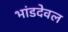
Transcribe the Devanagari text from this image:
भांडदेवल